Insane asylums in Bengal annual reports 1876-1887 - 1876-1887
Year: 1876
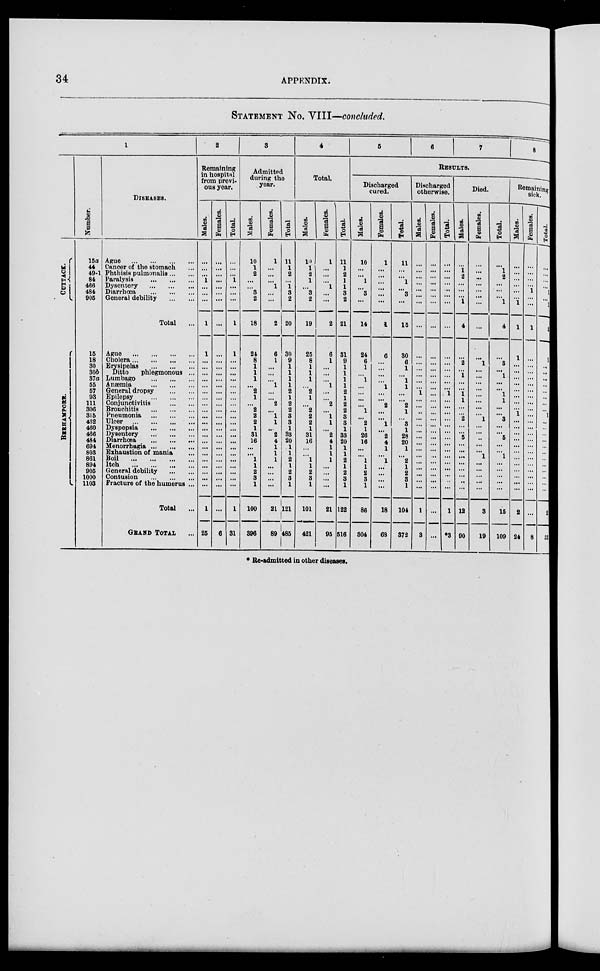
34
APPENDIX.
STATEMENT No. VIII—concluded.
1
CUTTACK.
BERHAMPORE.
Number.
15a
44
49-1
84
466
484
905
15
18
30
30b
37a
55
57
93
111
306
315
432
460
466
484
694
803
861
894
905
1000
1103
DISEASES.
Ague
...
...
...
Cancer of the stomach ...
Phthisis
pulmonalis...
Paralysis
...
...
...
Dysentery
...
...
...
Diarrhœa
...
...
...
General debility ... ...
Total ...
Ague
...
...
...
Cholera
...
...
...
Erysipelas
...
...
...
Ditto
phlegmonous ...
Lumbago
...
...
...
Anæmia...
...
...
General dropsy ... ... ...
Epilepsy
...
...
...
Conjunctivitis
...
...
Bronchitis
...
...
...
Pneumonia
...
...
...
Ulcer
...
...
...
Dyspepsia
...
...
...
Dysentery
...
...
...
Diarrhœa
...
... ...
Menorrhagia... ... ...
Exhaustion of mania ...
Boil
...
...
...
Itch
...
...
...
General debility ... ...
Contusion
...
...
...
Fracture of the humerus ...
Total ...
GRAND TOTAL ...
2
Remaining
in hospital
from previ-
ous year.
Males.
...
...
...
1
...
...
...
1
1
...
...
...
...
...
...
...
...
...
...
...
...
...
...
...
...
...
...
...
...
...
1
25
Females.
...
...
...
...
...
...
...
...
...
...
...
...
...
...
...
...
...
...
...
...
...
...
...
...
...
...
...
...
...
...
6
Total.
...
...
...
1
...
...
...
1
1
...
...
...
...
...
...
...
...
...
...
...
...
...
...
...
...
...
...
...
...
...
1
31
3
Admitted
during the
year.
Males.
10
1
2
...
... 3
2
18
24
8
1
1
1
...
2
1
...
2
2
2
1
31
16
...
...
1
1
2
3
1
100
396
Females.
1
...
...
...
1
...
...
2
6
1
...
...
...
1
...
...
2
...
1
1
...
2
4
1
1
1
...
...
...
...
21
89
Total
11
1
2
...
1
3
2
20
30
9
1
1
1
1
2
1
2
2
3
3
1
33
20
1
1
2
1
2
3
1
121
485
4
Total.
Males.
10
1 2
1
...
3
2
19
25
8
1
1
1
...
2
1
...
2
2
2
1
31
16
...
...
1
1
2
3
1
101
421
Females.
1
...
...
...
1
...
...
2
6
1
...
...
...
1
...
...
2
...
1
1
...
2
4
1
1
1
...
...
...
...
21
95
Total.
11
1
2
1
1
3
2
21
31
9
1
1
1
1
2
1
2
2
3
3
1
33
20
1
1
2
1
2
3
1
122
516
5
6
7
8
RESULTS.
Discharged
cured.
Males.
10
...
...
1
...
3
...
14
24
6
1
...
1
...
...
...
...
1
...
2
1
26
16
...
...
1
1
2
3
1
86
304
Females.
1
...
...
...
...
...
...
1
6
...
...
...
...
1
...
...
2
...
...
1
...
2
4
1
...
1
...
...
...
...
18
68
Total.
11
...
...
1
...
3
...
15
30
6
1
...
1
1
...
...
2
1
...
3
1
28
20
1
...
2
1
2
3
1
104
372
Discharged
otherwise.
Males.
...
...
...
...
...
...
...
...
...
...
...
...
...
...
1
...
...
..
...
...
...
...
...
...
...
...
...
...
...
...
1
3
Females.
...
...
...
...
...
...
...
...
...
...
...
...
...
...
...
...
...
...
...
...
...
...
...
...
...
...
...
...
...
...
...
...
Total.
...
...
...
...
..
...
...
...
...
...
...
...
...
...
1
...
...
...
...
...
...
...
...
...
...
...
...
...
..
...
1
*3
Died.
Males.
...
1
2
...
...
...
1
4
...
2
...
1
...
...
1
1
...
...
2
...
...
5
...
...
...
...
...
...
..
...
12
90
Females.
...
...
...
...
...
...
...
...
...
1
...
...
...
...
...
...
...
... 1
...
...
..
...
...
1
...
...
...
...
...
3
19
Total.
...
1
2
...
...
...
1
4
3
...
1
...
...
1
1
...
...
3
...
...
5
...
...
1
...
...
...
...
...
15
109
Remaining
sick.
Males.
...
...
...
...
...
...
1
1
1
...
...
...
...
...
...
...
...
1
...
...
...
...
...
...
...
...
...
...
...
...
2
24
Females.
...
...
...
...
1
...
...
1
...
...
...
...
...
...
...
...
...
...
...
...
...
...
...
...
...
...
...
...
...
...
...
8
Total.
...
...
...
...
1
...
1
2
1
...
...
...
...
...
...
...
...
1
...
...
...
...
...
...
...
...
...
...
...
...
2
32
* Re-admitted in other diseases.